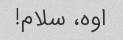
اوه، سلام!